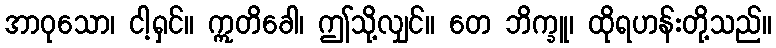
အာဝုသော၊ ငါ့ရှင်။ ဣတိခေါ၊ ဤသို့လျှင်။ တေ ဘိက္ခူ၊ ထိုရဟန်းတို့သည်။